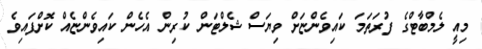
މިއީ ލެމްބާޓްގެ ފުރަތަމަ ކައިވެންޏަށް ވިޔަސް ޝެލްޓަން ކުރިން އެހެން ކައިވެންޏެއް ކޮށްފައިވެ